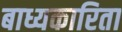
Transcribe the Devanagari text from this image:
बाध्यकारिता